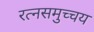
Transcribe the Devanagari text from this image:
रत्नसमुच्चय